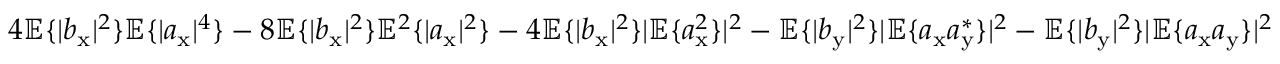
4 \mathbb { E } \{ | b _ { \mathrm { x } } | ^ { 2 } \} \mathbb { E } \{ | a _ { \mathrm { x } } | ^ { 4 } \} - 8 \mathbb { E } \{ | b _ { \mathrm { x } } | ^ { 2 } \} \mathbb { E } ^ { 2 } \{ | a _ { \mathrm { x } } | ^ { 2 } \} - 4 \mathbb { E } \{ | b _ { \mathrm { x } } | ^ { 2 } \} | \mathbb { E } \{ a _ { \mathrm { x } } ^ { 2 } \} | ^ { 2 } - \mathbb { E } \{ | b _ { \mathrm { y } } | ^ { 2 } \} | \mathbb { E } \{ a _ { \mathrm { x } } a _ { \mathrm { y } } ^ { \ast } \} | ^ { 2 } - \mathbb { E } \{ | b _ { \mathrm { y } } | ^ { 2 } \} | \mathbb { E } \{ a _ { \mathrm { x } } a _ { \mathrm { y } } \} | ^ { 2 }